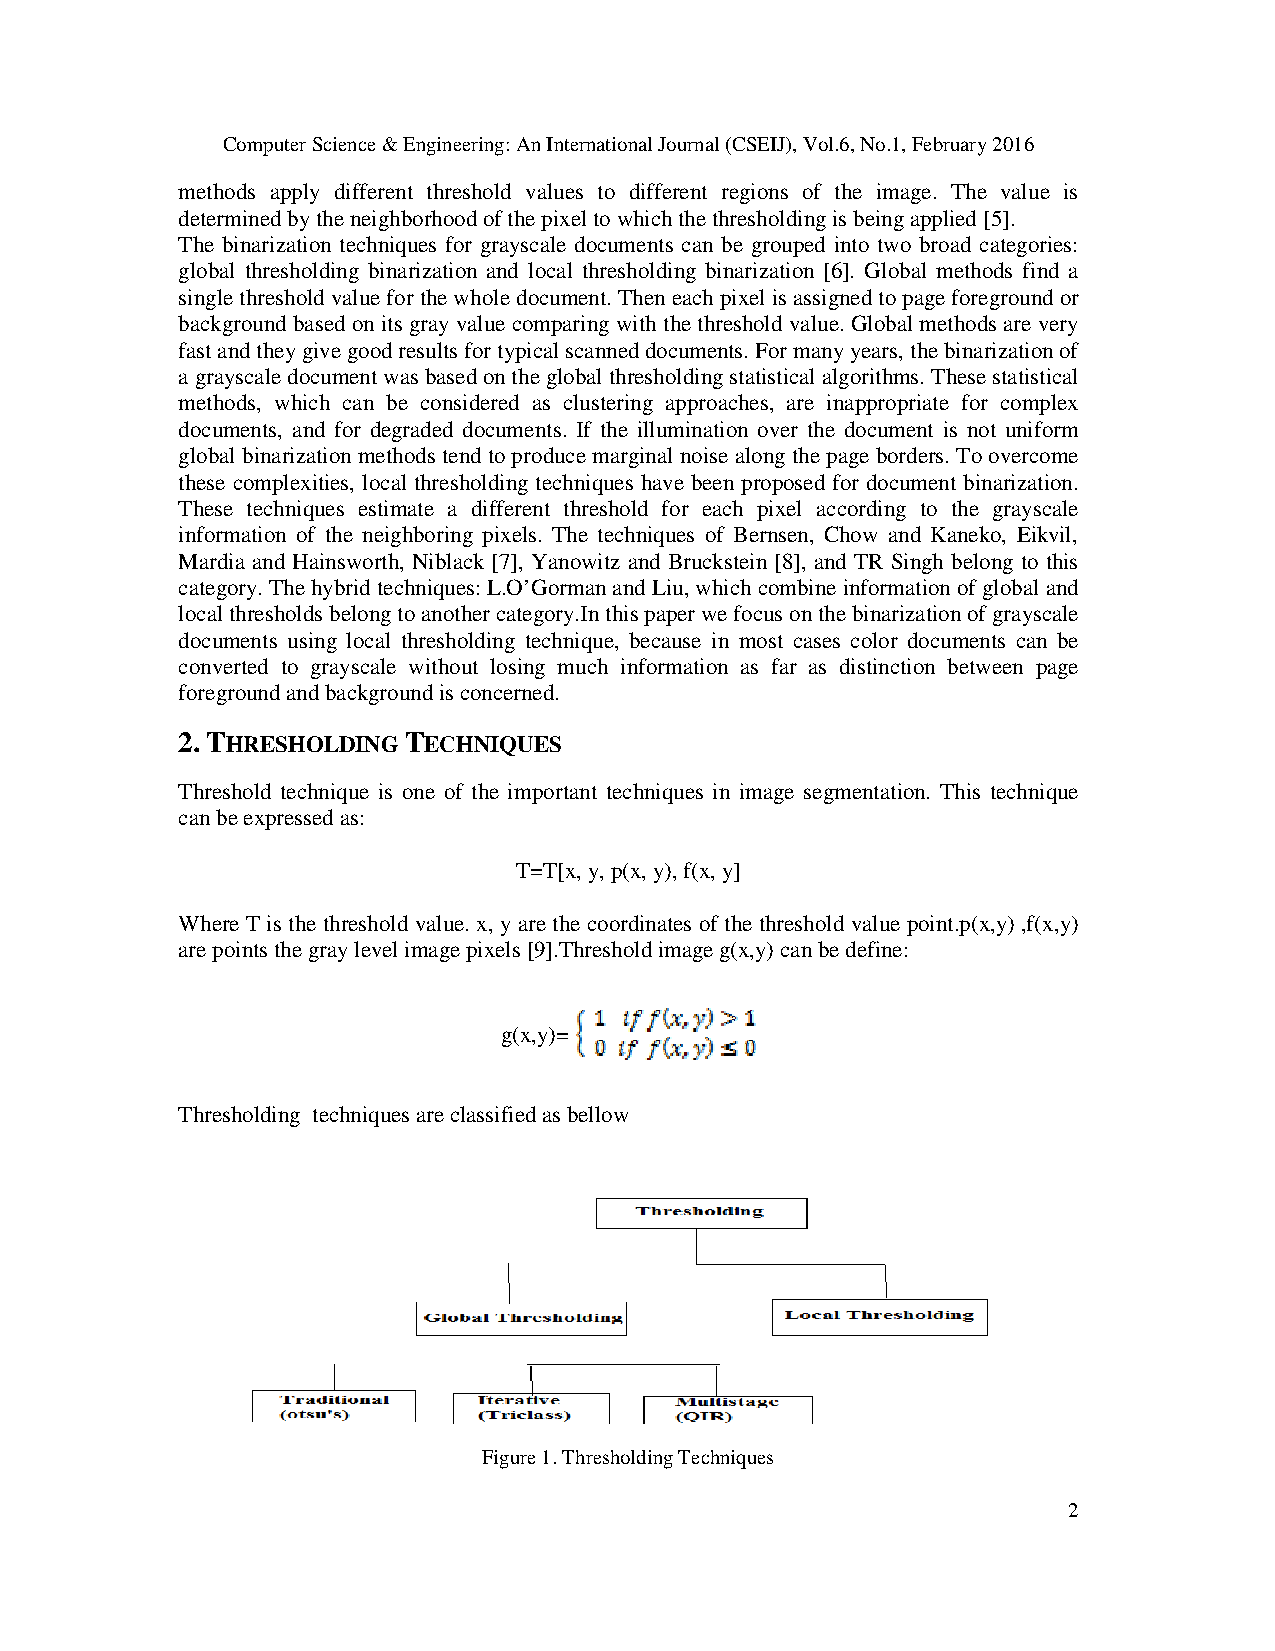
Computer Science & Engineering: An International Journal (CSEIJ), Vol.6, No.1, February 2016
 methods apply different threshold values to different regions of the image. The value is
 determined by the neighborhood of the pixel to which the thresholding is being applied [5].
 The binarization techniques for grayscale documents can be grouped into two broad categories:
 global thresholding binarization and local thresholding binarization [6]. Global methods find a
 single threshold value for the whole document. Then each pixel is assigned to page foreground or
 background based on its gray value comparing with the threshold value. Global methods are very
 fast and they give good results for typical scanned documents. For many years, the binarization of
 a grayscale document was based on the global thresholding statistical algorithms. These statistical
 methods, which can be considered as clustering approaches, are inappropriate for complex
 documents, and for degraded documents. If the illumination over the document is not uniform
 global binarization methods tend to produce marginal noise along the page borders. To overcome
 these complexities, local thresholding techniques have been proposed for document binarization.
 These techniques estimate a different threshold for each pixel according to the grayscale
 information of the neighboring pixels. The techniques of Bernsen, Chow and Kaneko, Eikvil,
 Mardia and Hainsworth, Niblack [7], Yanowitz and Bruckstein [8], and TR Singh belong to this
 category. The hybrid techniques: L.O’Gorman and Liu, which combine information of global and
 local thresholds belong to another category.In this paper we focus on the binarization of grayscale
 documents using local thresholding technique, because in most cases color documents can be
 converted to grayscale without losing much information as far as distinction between page
 foreground and background is concerned.
 2. THRESHOLDING TECHNIQUES
 Threshold technique is one of the important techniques in image segmentation. This technique
 can be expressed as:
 T=T[x, y, p(x, y), f(x, y]
 Where T is the threshold value. x, y are the coordinates of the threshold value point.p(x,y) ,f(x,y)
 are points the gray level image pixels [9].Threshold image g(x,y) can be define:
 g(x,y)=
 Thresholding techniques are classified as bellow
 Figure 1. Thresholding Techniques
 2